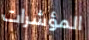
المؤشرات